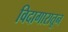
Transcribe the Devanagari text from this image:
विदागारातून